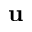
\textbf { u }